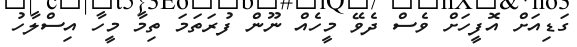
ގަޑިއަށް އޮފީހަށް ވެސް ދެވޭ މީހެއް ނޫން ފުރަތަމަ ތިމާ މީހާ އިސްލާހު